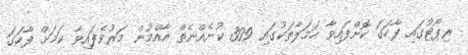
ރިޕޯޓުގައި ފާހަގަ ކޮށްފައިވާ ހަމަލާތަކުގައި 309 ކުށެއްނެތް އާއްމުން މަރުވެފައިވާ ކަމަށް ފާހަގަ